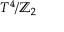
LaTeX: T ^ { 4 } / \mathbb { Z } _ { 2 }